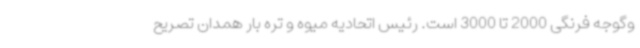
وگوجه فرنگی 2000 تا 3000 است. رئیس اتحادیه میوه و تره بار همدان تصریح